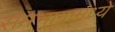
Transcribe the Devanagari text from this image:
समभागामध्ये